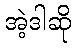
အဲ့ဒါဆို